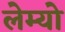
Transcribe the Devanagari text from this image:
लेम्यो